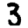
Digit: 3